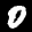
Label: 0